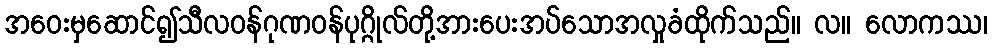
အဝေးမှဆောင်၍သီလဝန်ဂုဏဝန်ပုဂ္ဂိုလ်တို့အားပေးအပ်သောအလှုခံထိုက်သည်။ လ။ လောကဿ၊